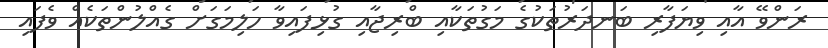
ރަންވޭ އާއި ވިޔަފާރި ބަނދަރުތަކުގެ މަގުތަކާއި ބްރިޖާއި ގުޅިފައިވާ ހަލިމަގަށް ގެއްލުންތަކެއް ވެފައި